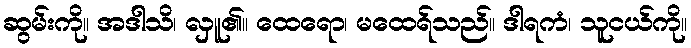
ဆွမ်းကို။ အဒါသိ၊ လှူ၏။ ထေရော၊ မထေရ်သည်။ ဒါရကံ၊ သူငယ်ကို။